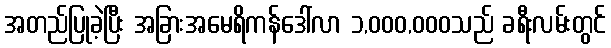
အတည်ပြုခဲ့ပြီး အခြားအမေရိကန်ဒေါ်လာ ၁,၀၀၀,၀၀၀သည် ခရီးလမ်းတွင်